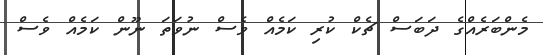
މެންބަރެއްގެ ދަބަސް ޗެކް ކުރި ކަމެއް ވެސް ނުވަތަ ނޫން ކަމެއް ވެސް